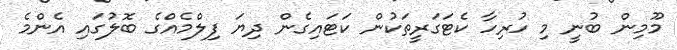
މޫމިން ބުނީ މި ހުރިހާ ކެޓަގަރީތަކުން ކަޓައިގެން ދިޔަ ފިލްމެއްގެ ބޮލުގައި އެންމެ